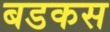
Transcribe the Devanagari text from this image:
बडकस